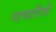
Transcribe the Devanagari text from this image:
पाचारिले